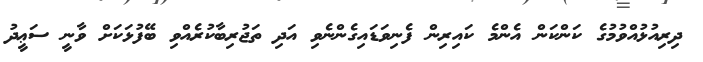
ދިރިއުޅުއްވުމުގެ ކަންކަން އެންމެ ކައިރިން ފެނިވަޑައިގެންނެވި އަދި ތަޖުރިބާކުރެއްވި ބޭފުޅަކަށް ވާނީ ސަޢީދު